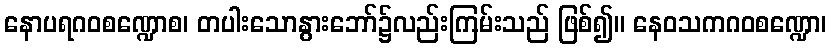
နောပရဂဝစဏ္ဍောစ၊ တပါးသောနွားဘော်၌လည်းကြမ်းသည် ဖြစ်၍။ နေဝသကဂဝစဏ္ဍော၊